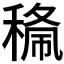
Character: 𱶝